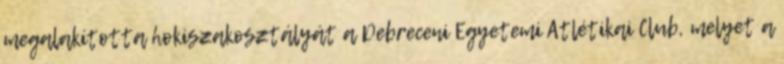
megalakította hokiszakosztályát a Debreceni Egyetemi Atlétikai Club, melyet a